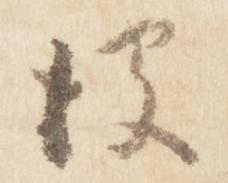
彼